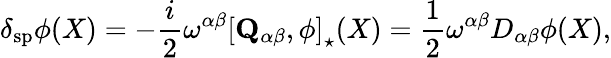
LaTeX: \delta_{\mathrm{sp}}\phi(X)=-\frac{i}{2}\omega^{\alpha\beta}\left[\mathbf{Q}_{\alpha\beta},\phi\right]_{\star}(X)=\frac{1}{2}\omega^{\alpha\beta}D_{\alpha\beta}\phi(X),